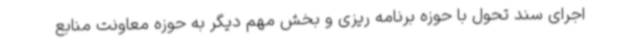
اجرای سند تحول با حوزه برنامه ریزی و بخش مهم دیگر به حوزه معاونت منابع